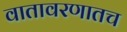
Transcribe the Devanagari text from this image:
वातावरणातच